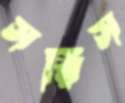
সরিস